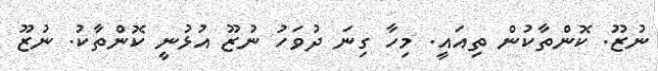
ނުޒޫ. ކޮންތާކުން ތިއައީ. މިހާ ގިނަ ދުވަހު ނުޒޫ އުޅުނީ ކޮންތާކު. ނުޒޫ